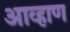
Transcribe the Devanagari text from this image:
आव्हाण